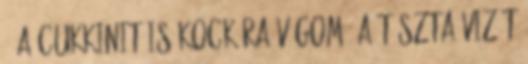
: a cukkinit is kockára vágom. A tészta vizét